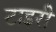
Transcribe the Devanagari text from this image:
टाइरी